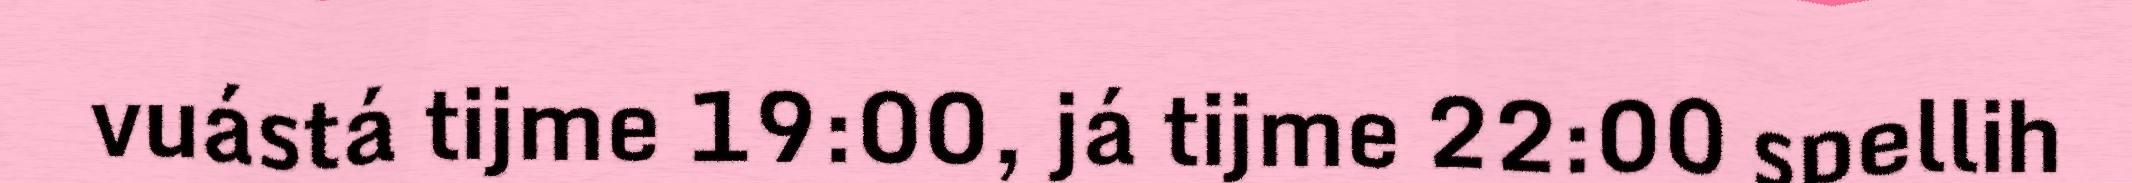
vuástá tijme 19:00, já tijme 22:00 spellih